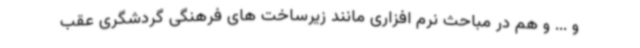
و ... و هم در مباحث نرم افزاری مانند زیرساخت های فرهنگی گردشگری عقب